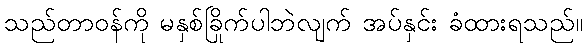
သည်တာဝန်ကို မနှစ်ခြိုက်ပါဘဲလျက် အပ်နှင်း ခံထားရသည်။